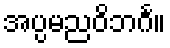
အပ္ပမညဝိဘင်္ဂ။